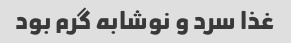
غذا سرد و‌ نوشابه گرم بود